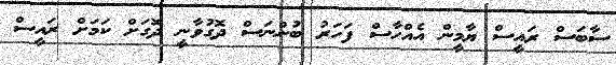
ސާބަސް ރައީސް ޔާމީން އެއްހާސް ފަހަރު ބުންނަސް ދޮގުވާނީ ދޮގަށް ކަމަށް ރައީސް